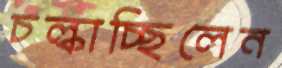
চল্‌কাচ্ছিলেন